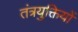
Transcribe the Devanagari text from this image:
तंत्रयुक्तियों